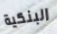
البنكية